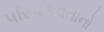
પરિપકવતાનો